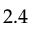
2 . 4